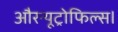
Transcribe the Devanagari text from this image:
औरन्यूट्रोफिल्स।